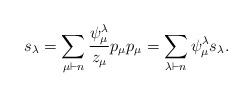
LaTeX: \begin{align*} s_\lambda = \sum_{\mu\vdash n} \frac{\psi_\mu^\lambda}{z_\mu} p_\mu p_\mu = \sum_{\lambda\vdash n} \psi_\mu^\lambda s_\lambda.\end{align*}